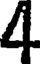
4